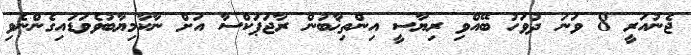
ޖެނުއަރީ 8 ވަނަ ދުވަހު ބޭއްވި ރިޔާސީ އިންތިޚާބުން ރާޖަޕަކްސާ އަށް ނާކާމިޔާބުވެވަޑައިގެންނެވި